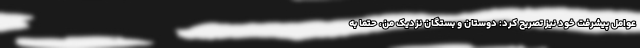
عوامل پیشرفت خود نیز تصریح کرد: دوستان و بستگان نزدیک من، حتما به